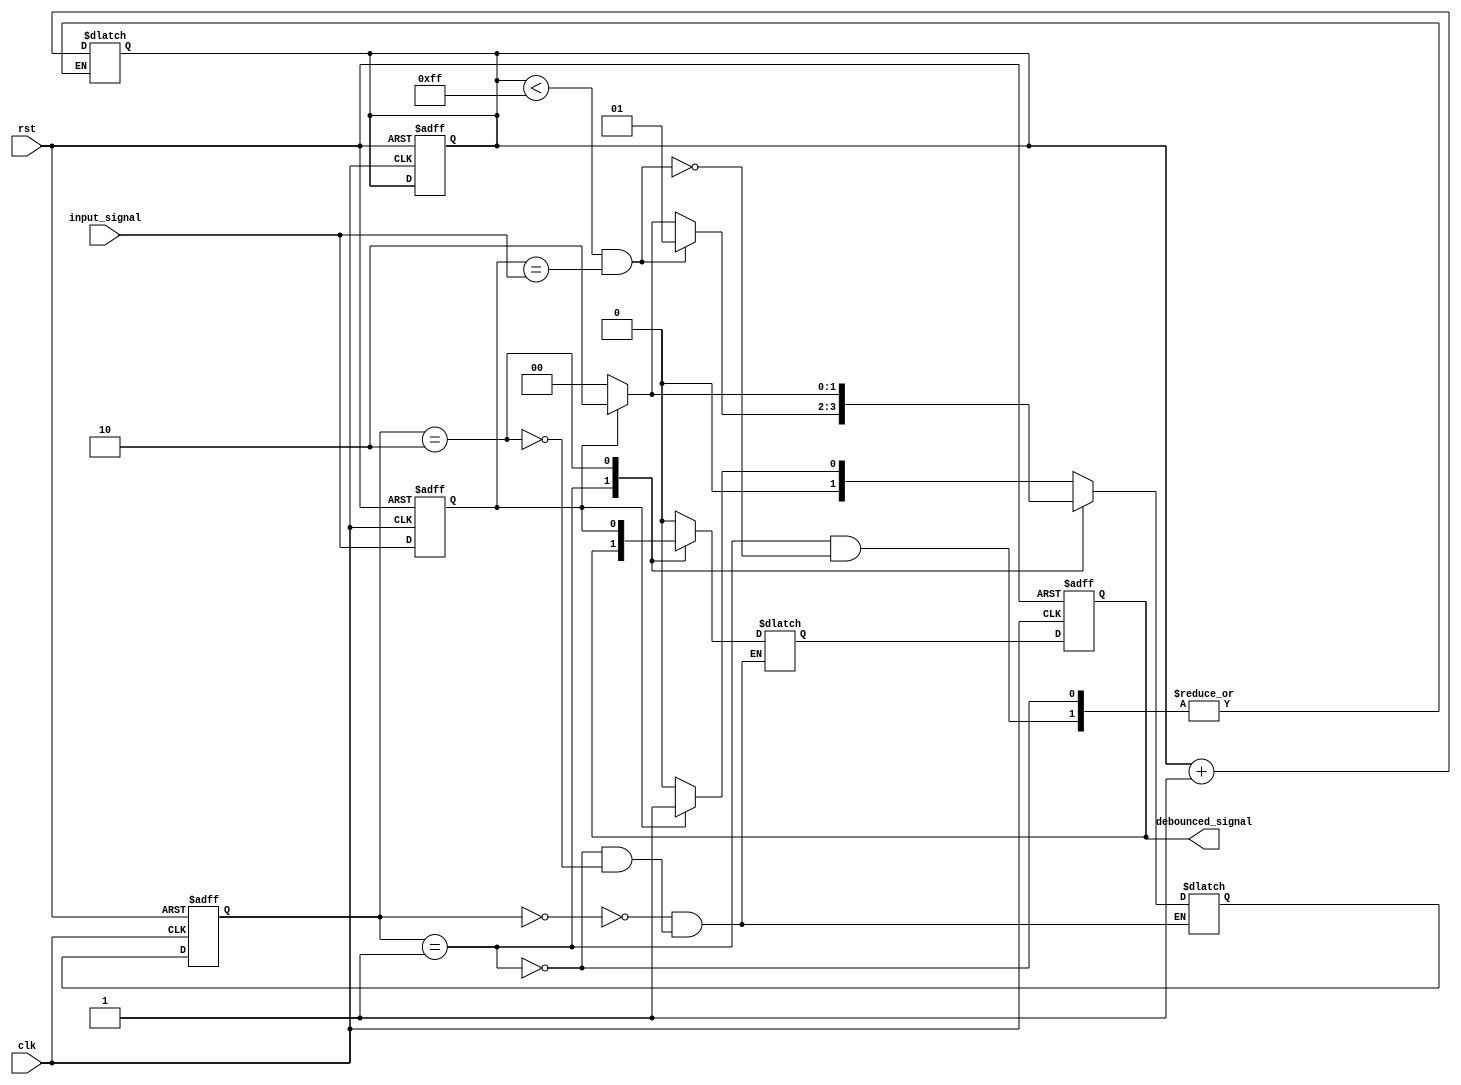
module debounce(
  input wire clk, // Clock input
  input wire rst, // Reset signal
  input wire input_signal, // Noisy input signal

  output wire debounced_signal // Clean output signal
);

// State machine states
parameter IDLE = 2'b00;
parameter DEBOUNCING = 2'b01;
parameter STABLE = 2'b10;

// State machine register
reg [1:0] state_reg, state_next;

// Debounce counter
reg [7:0] debounce_count;

// I/O flip-flops
reg input_signal_reg, debounced_signal_reg, debounced_signal_next;

// Assign initial state
always @(posedge clk or posedge rst) begin
  if (rst) begin
    state_reg <= IDLE;
    debounce_count <= 8'b0;
    input_signal_reg <= 1'b0;
    debounced_signal_reg <= 1'b0;
  end else begin
    state_reg <= state_next;
    debounce_count <= debounce_count;
    input_signal_reg <= input_signal;
    debounced_signal_reg <= debounced_signal_next;
  end
end

// State machine logic
always @(*) begin
  case(state_reg)
    IDLE: begin
      if (input_signal_reg) begin
        state_next = DEBOUNCING;
      end else begin
        state_next = IDLE;
      end
    end
    DEBOUNCING: begin
      if ((debounce_count < 8'd255) && (input_signal_reg == input_signal)) begin
        debounce_count <= debounce_count + 1;
        state_next = DEBOUNCING;
      end else begin
        if (input_signal_reg) begin
          state_next = STABLE;
        end else begin
          state_next = IDLE;
        end
      end
    end
    STABLE: begin
      if (!input_signal_reg) begin
        state_next = IDLE;
      end else begin
        state_next = STABLE;
      end
    end
  endcase
end

// Output logic
always @(*) begin
  case(state_reg)
    IDLE: begin
      debounced_signal_next = 1'b0;
    end
    DEBOUNCING: begin
      debounced_signal_next = debounced_signal_reg;
    end
    STABLE: begin
      debounced_signal_next = input_signal_reg;
    end
  endcase
end

assign debounced_signal = debounced_signal_reg;

endmodule